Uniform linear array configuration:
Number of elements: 64
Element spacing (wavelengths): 0.25
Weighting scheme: blackman
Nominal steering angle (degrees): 30
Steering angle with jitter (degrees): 30.982
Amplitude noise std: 0.05
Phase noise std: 0.05

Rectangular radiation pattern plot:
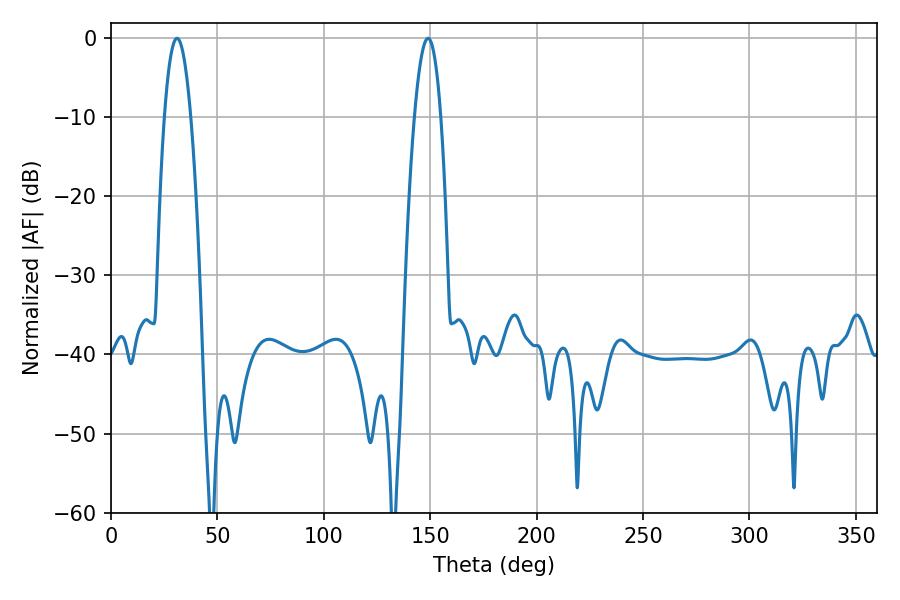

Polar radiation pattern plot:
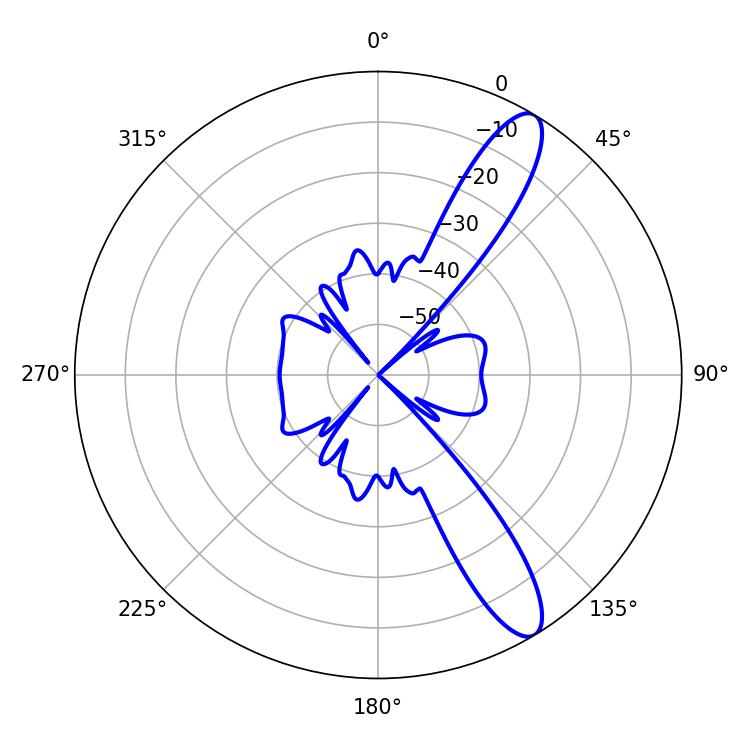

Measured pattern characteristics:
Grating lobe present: FALSE
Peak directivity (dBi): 11.784
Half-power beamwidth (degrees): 6.84
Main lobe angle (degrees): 30.96